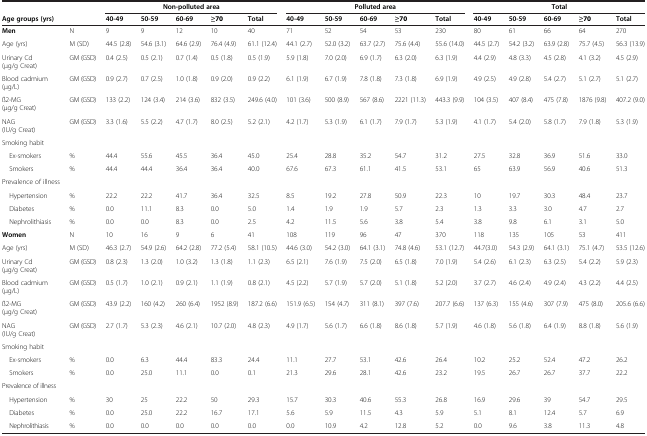
<table><thead><tr><td>[EMPTY_CELL]</td><td>[EMPTY_CELL]</td><td colspan="5"><b>Non-polluted area</b></td><td colspan="5"><b>Polluted area</b></td><td colspan="5"><b>Total</b></td></tr><tr><td><b>Age groups (yrs)</b></td><td>[EMPTY_CELL]</td><td><b>40-49</b></td><td><b>50-59</b></td><td><b>60-69</b></td><td><b>≥70</b></td><td><b>Total</b></td><td><b>40-49</b></td><td><b>50-59</b></td><td><b>60-69</b></td><td><b>≥70</b></td><td><b>Total</b></td><td><b>40-49</b></td><td><b>50-59</b></td><td><b>60-69</b></td><td><b>≥70</b></td><td><b>Total</b></td></tr></thead><tbody><tr><td><b>Men</b></td><td>N</td><td>9</td><td>9</td><td>12</td><td>10</td><td>40</td><td>71</td><td>52</td><td>54</td><td>53</td><td>230</td><td>80</td><td>61</td><td>66</td><td>64</td><td>270</td></tr><tr><td>Age (yrs)</td><td>M (SD)</td><td>44.5 (2.8)</td><td>54.6 (3.1)</td><td>64.6 (2.9)</td><td>76.4 (4.9)</td><td>61.1 (12.4)</td><td>44.1 (2.7)</td><td>52.0 (3.2)</td><td>63.7 (2.7)</td><td>75.6 (4.4)</td><td>55.6 (14.0)</td><td>44.5 (2.7)</td><td>54.2 (3.2)</td><td>63.9 (2.8)</td><td>75.7 (4.5)</td><td>56.3 (13.9)</td></tr><tr><td>Urinary Cd (μg/g Creat)</td><td>GM (GSD)</td><td>0.4 (2.5)</td><td>0.5 (2.1)</td><td>0.7 (1.4)</td><td>0.5 (1.8)</td><td>0.5 (1.9)</td><td>5.9 (1.8)</td><td>7.0 (2.0)</td><td>6.9 (1.7)</td><td>6.3 (2.0)</td><td>6.3 (1.9)</td><td>4.4 (2.9)</td><td>4.8 (3.3)</td><td>4.5 (2.8)</td><td>4.1 (3.2)</td><td>4.5 (2.9)</td></tr><tr><td>Blood cadmium (μg/L)</td><td>GM (GSD)</td><td>0.9 (2.7)</td><td>0.7 (2.5)</td><td>1.0 (1.8)</td><td>0.9 (2.0)</td><td>0.9 (2.2)</td><td>6.1 (1.9)</td><td>6.7 (1.9)</td><td>7.8 (1.8)</td><td>7.3 (1.8)</td><td>6.9 (1.9)</td><td>4.9 (2.5)</td><td>4.9 (2.8)</td><td>5.4 (2.7)</td><td>5.1 (2.7)</td><td>5.1 (2.7)</td></tr><tr><td>ß2-MG (μg/g Creat)</td><td>GM (GSD)</td><td>133 (2.2)</td><td>124 (3.4)</td><td>214 (3.6)</td><td>832 (3.5)</td><td>249.6 (4.0)</td><td>101 (3.6)</td><td>500 (8.9)</td><td>567 (8.6)</td><td>2221 (11.3)</td><td>443.3 (9.9)</td><td>104 (3.5)</td><td>407 (8.4)</td><td>475 (7.8)</td><td>1876 (9.8)</td><td>407.2 (9.0)</td></tr><tr><td>NAG (IU/g Creat)</td><td>GM (GSD)</td><td>3.3 (1.6)</td><td>5.5 (2.2)</td><td>4.7 (1.7)</td><td>8.0 (2.5)</td><td>5.2 (2.1)</td><td>4.2 (1.7)</td><td>5.3 (1.9)</td><td>6.1 (1.7)</td><td>7.9 (1.7)</td><td>5.3 (1.9)</td><td>4.1 (1.7)</td><td>5.4 (2.0)</td><td>5.8 (1.7)</td><td>7.9 (1.8)</td><td>5.3 (1.9)</td></tr><tr><td>Smoking habit</td><td>[EMPTY_CELL]</td><td>[EMPTY_CELL]</td><td>[EMPTY_CELL]</td><td>[EMPTY_CELL]</td><td>[EMPTY_CELL]</td><td>[EMPTY_CELL]</td><td>[EMPTY_CELL]</td><td>[EMPTY_CELL]</td><td>[EMPTY_CELL]</td><td>[EMPTY_CELL]</td><td>[EMPTY_CELL]</td><td>[EMPTY_CELL]</td><td>[EMPTY_CELL]</td><td>[EMPTY_CELL]</td><td>[EMPTY_CELL]</td><td>[EMPTY_CELL]</td></tr><tr><td> Ex-smokers</td><td>%</td><td>44.4</td><td>55.6</td><td>45.5</td><td>36.4</td><td>45.0</td><td>25.4</td><td>28.8</td><td>35.2</td><td>54.7</td><td>31.2</td><td>27.5</td><td>32.8</td><td>36.9</td><td>51.6</td><td>33.0</td></tr><tr><td> Smokers</td><td>%</td><td>44.4</td><td>44.4</td><td>36.4</td><td>36.4</td><td>40.0</td><td>67.6</td><td>67.3</td><td>61.1</td><td>41.5</td><td>53.1</td><td>65</td><td>63.9</td><td>56.9</td><td>40.6</td><td>51.3</td></tr><tr><td>Prevalence of illness</td><td>[EMPTY_CELL]</td><td>[EMPTY_CELL]</td><td>[EMPTY_CELL]</td><td>[EMPTY_CELL]</td><td>[EMPTY_CELL]</td><td>[EMPTY_CELL]</td><td>[EMPTY_CELL]</td><td>[EMPTY_CELL]</td><td>[EMPTY_CELL]</td><td>[EMPTY_CELL]</td><td>[EMPTY_CELL]</td><td>[EMPTY_CELL]</td><td>[EMPTY_CELL]</td><td>[EMPTY_CELL]</td><td>[EMPTY_CELL]</td><td>[EMPTY_CELL]</td></tr><tr><td> Hypertension</td><td>%</td><td>22.2</td><td>22.2</td><td>41.7</td><td>36.4</td><td>32.5</td><td>8.5</td><td>19.2</td><td>27.8</td><td>50.9</td><td>22.3</td><td>10</td><td>19.7</td><td>30.3</td><td>48.4</td><td>23.7</td></tr><tr><td> Diabetes</td><td>%</td><td>0.0</td><td>11.1</td><td>8.3</td><td>0.0</td><td>5.0</td><td>1.4</td><td>1.9</td><td>1.9</td><td>5.7</td><td>2.3</td><td>1.3</td><td>3.3</td><td>3.0</td><td>4.7</td><td>2.7</td></tr><tr><td> Nephrolithiasis</td><td>%</td><td>0.0</td><td>0.0</td><td>8.3</td><td>0.0</td><td>2.5</td><td>4.2</td><td>11.5</td><td>5.6</td><td>3.8</td><td>5.4</td><td>3.8</td><td>9.8</td><td>6.1</td><td>3.1</td><td>5.0</td></tr><tr><td><b>Women</b></td><td>N</td><td>10</td><td>16</td><td>9</td><td>6</td><td>41</td><td>108</td><td>119</td><td>96</td><td>47</td><td>370</td><td>118</td><td>135</td><td>105</td><td>53</td><td>411</td></tr><tr><td>Age (yrs)</td><td>M (SD)</td><td>46.3 (2.7)</td><td>54.9 (2.6)</td><td>64.2 (2.8)</td><td>77.2 (5.4)</td><td>58.1 (10.5)</td><td>44.6 (3.0)</td><td>54.2 (3.0)</td><td>64.1 (3.1)</td><td>74.8 (4.6)</td><td>53.1 (12.7)</td><td>44.7(3.0)</td><td>54.3 (2.9)</td><td>64.1 (3.1)</td><td>75.1 (4.7)</td><td>53.5 (12.6)</td></tr><tr><td>Urinary Cd (μg/g Creat)</td><td>GM (GSD)</td><td>0.8 (2.3)</td><td>1.3 (2.0)</td><td>1.0 (3.2)</td><td>1.3 (1.8)</td><td>1.1 (2.3)</td><td>6.5 (2.1)</td><td>7.6 (1.9)</td><td>7.5 (2.0)</td><td>6.5 (1.8)</td><td>7.0 (1.9)</td><td>5.4 (2.6)</td><td>6.1 (2.3)</td><td>6.3 (2.5)</td><td>5.4 (2.2)</td><td>5.9 (2.3)</td></tr><tr><td>Blood cadmium (μg/L)</td><td>GM (GSD)</td><td>0.5 (1.7)</td><td>1.0 (2.1)</td><td>0.9 (2.1)</td><td>1.1 (1.9)</td><td>0.8 (2.1)</td><td>4.5 (2.2)</td><td>5.7 (1.9)</td><td>5.7 (2.0)</td><td>5.1 (1.8)</td><td>5.2 (2.0)</td><td>3.7 (2.7)</td><td>4.6 (2.4)</td><td>4.9 (2.4)</td><td>4.3 (2.2)</td><td>4.4 (2.5)</td></tr><tr><td>ß2-MG (μg/g Creat)</td><td>GM (GSD)</td><td>43.9 (2.2)</td><td>160 (4.2)</td><td>260 (6.4)</td><td>1952 (8.9)</td><td>187.2 (6.6)</td><td>151.9 (6.5)</td><td>154 (4.7)</td><td>311 (8.1)</td><td>397 (7.6)</td><td>207.7 (6.6)</td><td>137 (6.3)</td><td>155 (4.6)</td><td>307 (7.9)</td><td>475 (8.0)</td><td>205.6 (6.6)</td></tr><tr><td>NAG (IU/g Creat)</td><td>GM (GSD)</td><td>2.7 (1.7)</td><td>5.3 (2.3)</td><td>4.6 (2.1)</td><td>10.7 (2.0)</td><td>4.8 (2.3)</td><td>4.9 (1.7)</td><td>5.6 (1.7)</td><td>6.6 (1.8)</td><td>8.6 (1.8)</td><td>5.7 (1.9)</td><td>4.6 (1.8)</td><td>5.6 (1.8)</td><td>6.4 (1.9)</td><td>8.8 (1.8)</td><td>5.6 (1.9)</td></tr><tr><td>Smoking habit</td><td>[EMPTY_CELL]</td><td>[EMPTY_CELL]</td><td>[EMPTY_CELL]</td><td>[EMPTY_CELL]</td><td>[EMPTY_CELL]</td><td>[EMPTY_CELL]</td><td>[EMPTY_CELL]</td><td>[EMPTY_CELL]</td><td>[EMPTY_CELL]</td><td>[EMPTY_CELL]</td><td>[EMPTY_CELL]</td><td>[EMPTY_CELL]</td><td>[EMPTY_CELL]</td><td>[EMPTY_CELL]</td><td>[EMPTY_CELL]</td><td>[EMPTY_CELL]</td></tr><tr><td> Ex-smokers</td><td>%</td><td>0.0</td><td>6.3</td><td>44.4</td><td>83.3</td><td>24.4</td><td>11.1</td><td>27.7</td><td>53.1</td><td>42.6</td><td>26.4</td><td>10.2</td><td>25.2</td><td>52.4</td><td>47.2</td><td>26.2</td></tr><tr><td> Smokers</td><td>%</td><td>0.0</td><td>25.0</td><td>11.1</td><td>0.0</td><td>0.1</td><td>21.3</td><td>29.6</td><td>28.1</td><td>42.6</td><td>23.2</td><td>19.5</td><td>26.7</td><td>26.7</td><td>37.7</td><td>22.2</td></tr><tr><td>Prevalence of illness</td><td>[EMPTY_CELL]</td><td>[EMPTY_CELL]</td><td>[EMPTY_CELL]</td><td>[EMPTY_CELL]</td><td>[EMPTY_CELL]</td><td>[EMPTY_CELL]</td><td>[EMPTY_CELL]</td><td>[EMPTY_CELL]</td><td>[EMPTY_CELL]</td><td>[EMPTY_CELL]</td><td>[EMPTY_CELL]</td><td>[EMPTY_CELL]</td><td>[EMPTY_CELL]</td><td>[EMPTY_CELL]</td><td>[EMPTY_CELL]</td><td>[EMPTY_CELL]</td></tr><tr><td> Hypertension</td><td>%</td><td>30</td><td>25</td><td>22.2</td><td>50</td><td>29.3</td><td>15.7</td><td>30.3</td><td>40.6</td><td>55.3</td><td>26.8</td><td>16.9</td><td>29.6</td><td>39</td><td>54.7</td><td>29.5</td></tr><tr><td> Diabetes</td><td>%</td><td>0.0</td><td>25.0</td><td>22.2</td><td>16.7</td><td>17.1</td><td>5.6</td><td>5.9</td><td>11.5</td><td>4.3</td><td>5.9</td><td>5.1</td><td>8.1</td><td>12.4</td><td>5.7</td><td>6.9</td></tr><tr><td> Nephrolithiasis</td><td>%</td><td>0.0</td><td>0.0</td><td>0.0</td><td>0.0</td><td>0.0</td><td>0.0</td><td>10.9</td><td>4.2</td><td>12.8</td><td>5.2</td><td>0.0</td><td>9.6</td><td>3.8</td><td>11.3</td><td>4.8</td></tr></tbody></table>